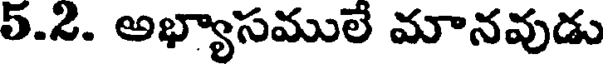
5.2. అభ్యాసములే మానవుడు